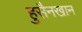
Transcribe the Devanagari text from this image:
हुसैनखान